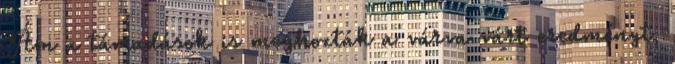
Ám a támadások is meghozták a várva várt eredményt,